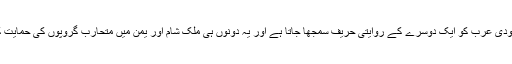
ایران اور سعودی عرب کو ایک دوسرے کے روایتی حریف سمجھا جاتا ہے اور یہ دونوں ہی ملک شام اور یمن میں متحارب گروپوں کی حمایت کر رہے ہیں۔